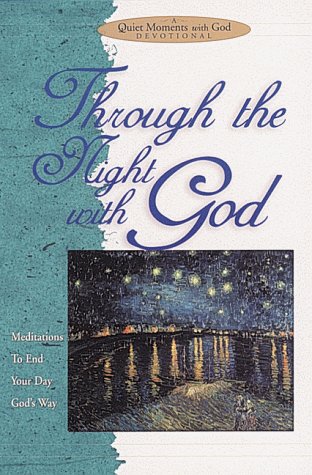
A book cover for Through the Night with God: Meditations to End Your Day God's Way (Quiet Moments with God Devotional); Christian Books & Bibles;